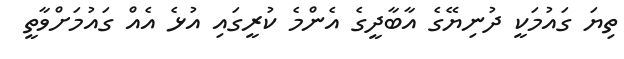
ތިޔަ ގައުމަކީ ދުނިޔޭގެ އާބާދީގެ އެންމެ ކުރީގައި އުޅެ އެއް ގައުމަށްވާތީ